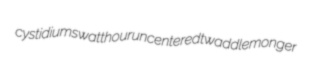
cystidiums watthour uncentered twaddlemonger